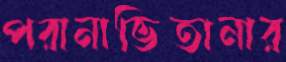
পরানাভিতানার